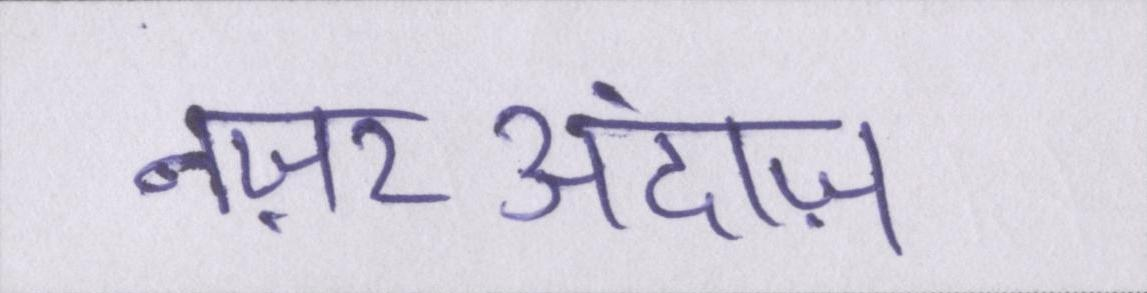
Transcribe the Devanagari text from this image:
नज़रअंदाज़